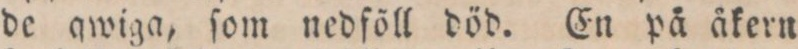
de qwiga, ſom nedföll död. En på åkern